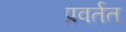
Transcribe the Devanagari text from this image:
प्रवर्तत